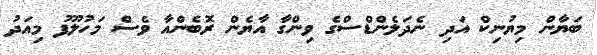
ބަޔާން މިޔުނިކް އަދި ނެދަލެންޑްސްގެ ވިންގާ އާޔެން ރޮބެންއާ ވެސް މަހުލޫފު މިއަދު